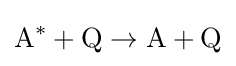
\mathrm {A} ^{*}+\mathrm {Q} \rightarrow \mathrm {A} +\mathrm {Q}